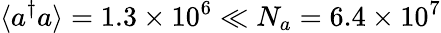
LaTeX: \langle a^{\dagger}a\rangle=1.3\times 10^{6}\ll N_{a}=6.4\times 10^{7}